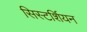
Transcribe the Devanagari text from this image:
सिस्टर्शियन